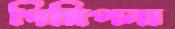
গিন্নিপনা